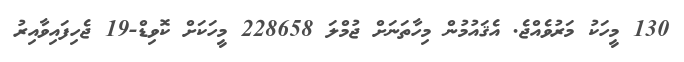
130 މީހަކު މަރުވެއްޖެ. އެޤައުމުން މިހާތަނަށް ޖުމްލަ 228658 މީހަކަށް ކޮވިޑް-19 ޖެހިފައިވާއިރު